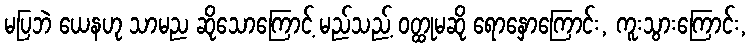
မပြဘဲ ယေနဟု သာမည ဆိုသောကြောင့် မည်သည့် ဝတ္ထုမဆို ရောနှောကြောင်း, ကူးသွားကြောင်း,